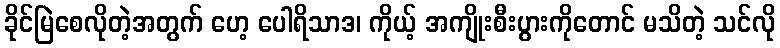
ခိုင်မြဲစေလိုတဲ့အတွက် ဟေ့ ပေါရိသာဒ၊ ကိုယ့် အကျိုးစီးပွားကိုတောင် မသိတဲ့ သင်လို